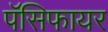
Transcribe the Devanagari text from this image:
पॅसिफायर